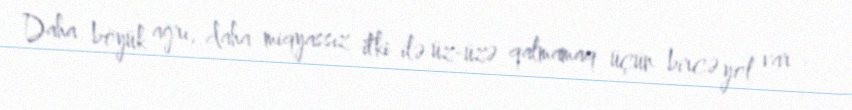
Daha böyük ağrı, daha miqyassız itki ilə üz-üzə qalmamaq üçün bircə yol var -